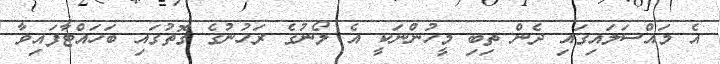
އެ މައްސަލައިގައި ދެން ތިބި މީހުންނަކީ އެ ލޯނުގެ ރަހުނުގެ ގޮތުގައި ބަހައްޓާފައިވާ